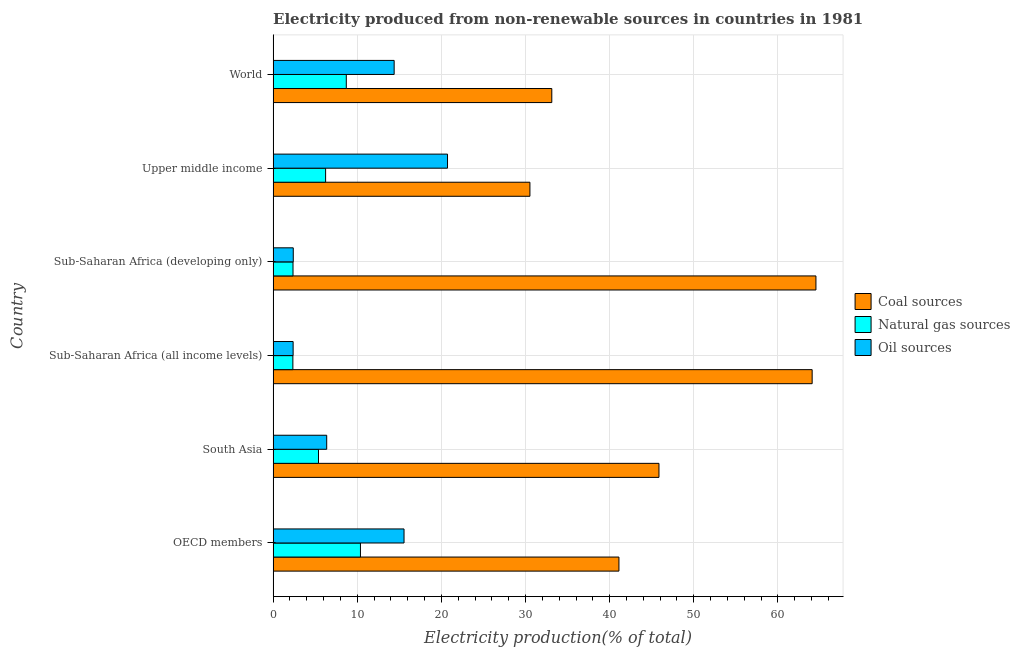
| Country | Coal sources | Natural gas sources | Oil sources |
 | --- | --- | --- | --- |
 | OECD members | 41.1 | 10.4 | 15.6 |
 | South Asia | 45.9 | 5.39 | 6.37 |
 | Sub-Saharan Africa (all income levels) | 64.1 | 2.35 | 2.38 |
 | Sub-Saharan Africa (developing only) | 64.5 | 2.36 | 2.39 |
 | Upper middle income | 30.5 | 6.24 | 20.7 |
 | World | 33.1 | 8.7 | 14.4 |